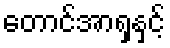
တောင်အာရှနှင့်